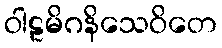
ဝါဠမိဂနိသေဝိတေ